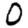
Digit: 0